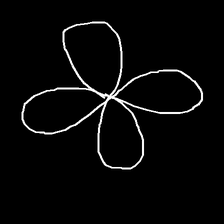
Glyph: billowing